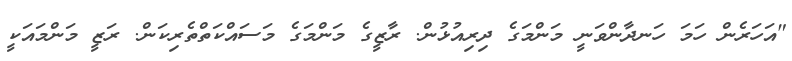
"އަހަރެން ހަމަ ހަނދާންވަނީ މަންމަގެ ދިރިއުޅުން. ރާޒީގެ މަންމަގެ މަސައްކަތްތެރިކަން. ރަޒީ މަންމައަކީ